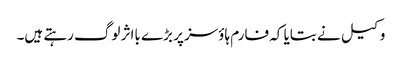
وکیل نے بتایا کہ فارم ہاؤسز پر بڑے بااثر لوگ رہتے ہیں۔